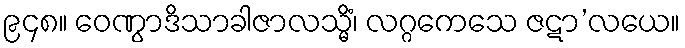
၉၄၈။ ဝေဏွာဒိသာခါဇာလသ္မိံ၊ လဂ္ဂကေသေ ဇဋာ’လယေ။